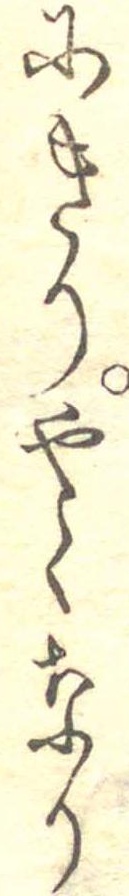
にきりやくなり